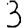
Digit: 3